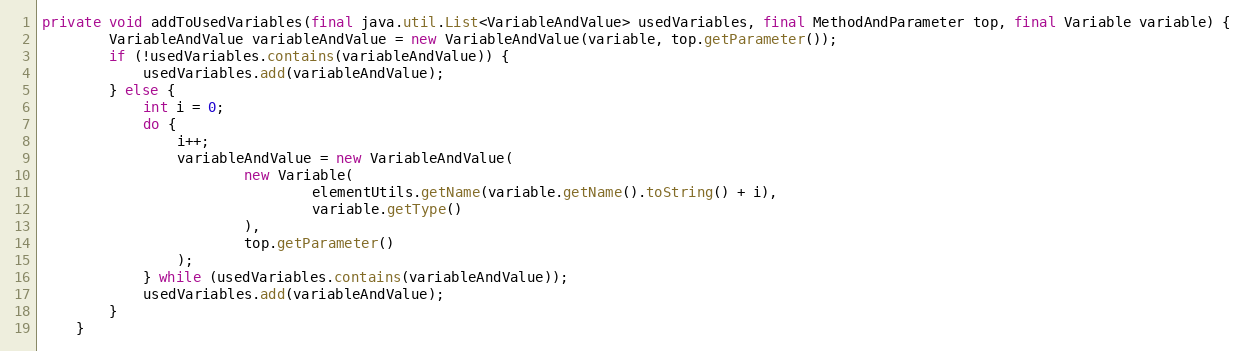
Language: Java
private void addToUsedVariables(final java.util.List<VariableAndValue> usedVariables, final MethodAndParameter top, final Variable variable) {
        VariableAndValue variableAndValue = new VariableAndValue(variable, top.getParameter());
        if (!usedVariables.contains(variableAndValue)) {
            usedVariables.add(variableAndValue);
        } else {
            int i = 0;
            do {
                i++;
                variableAndValue = new VariableAndValue(
                        new Variable(
                                elementUtils.getName(variable.getName().toString() + i),
                                variable.getType()
                        ),
                        top.getParameter()
                );
            } while (usedVariables.contains(variableAndValue));
            usedVariables.add(variableAndValue);
        }
    }